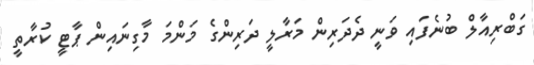
ގަބްރިއާލް ބުނެފައި ވަނީ ދެދަރިން މަރާލީ ދަރިންގެ މަންމަ މާގިނައިން ޕާޓީ ކުރާތީ